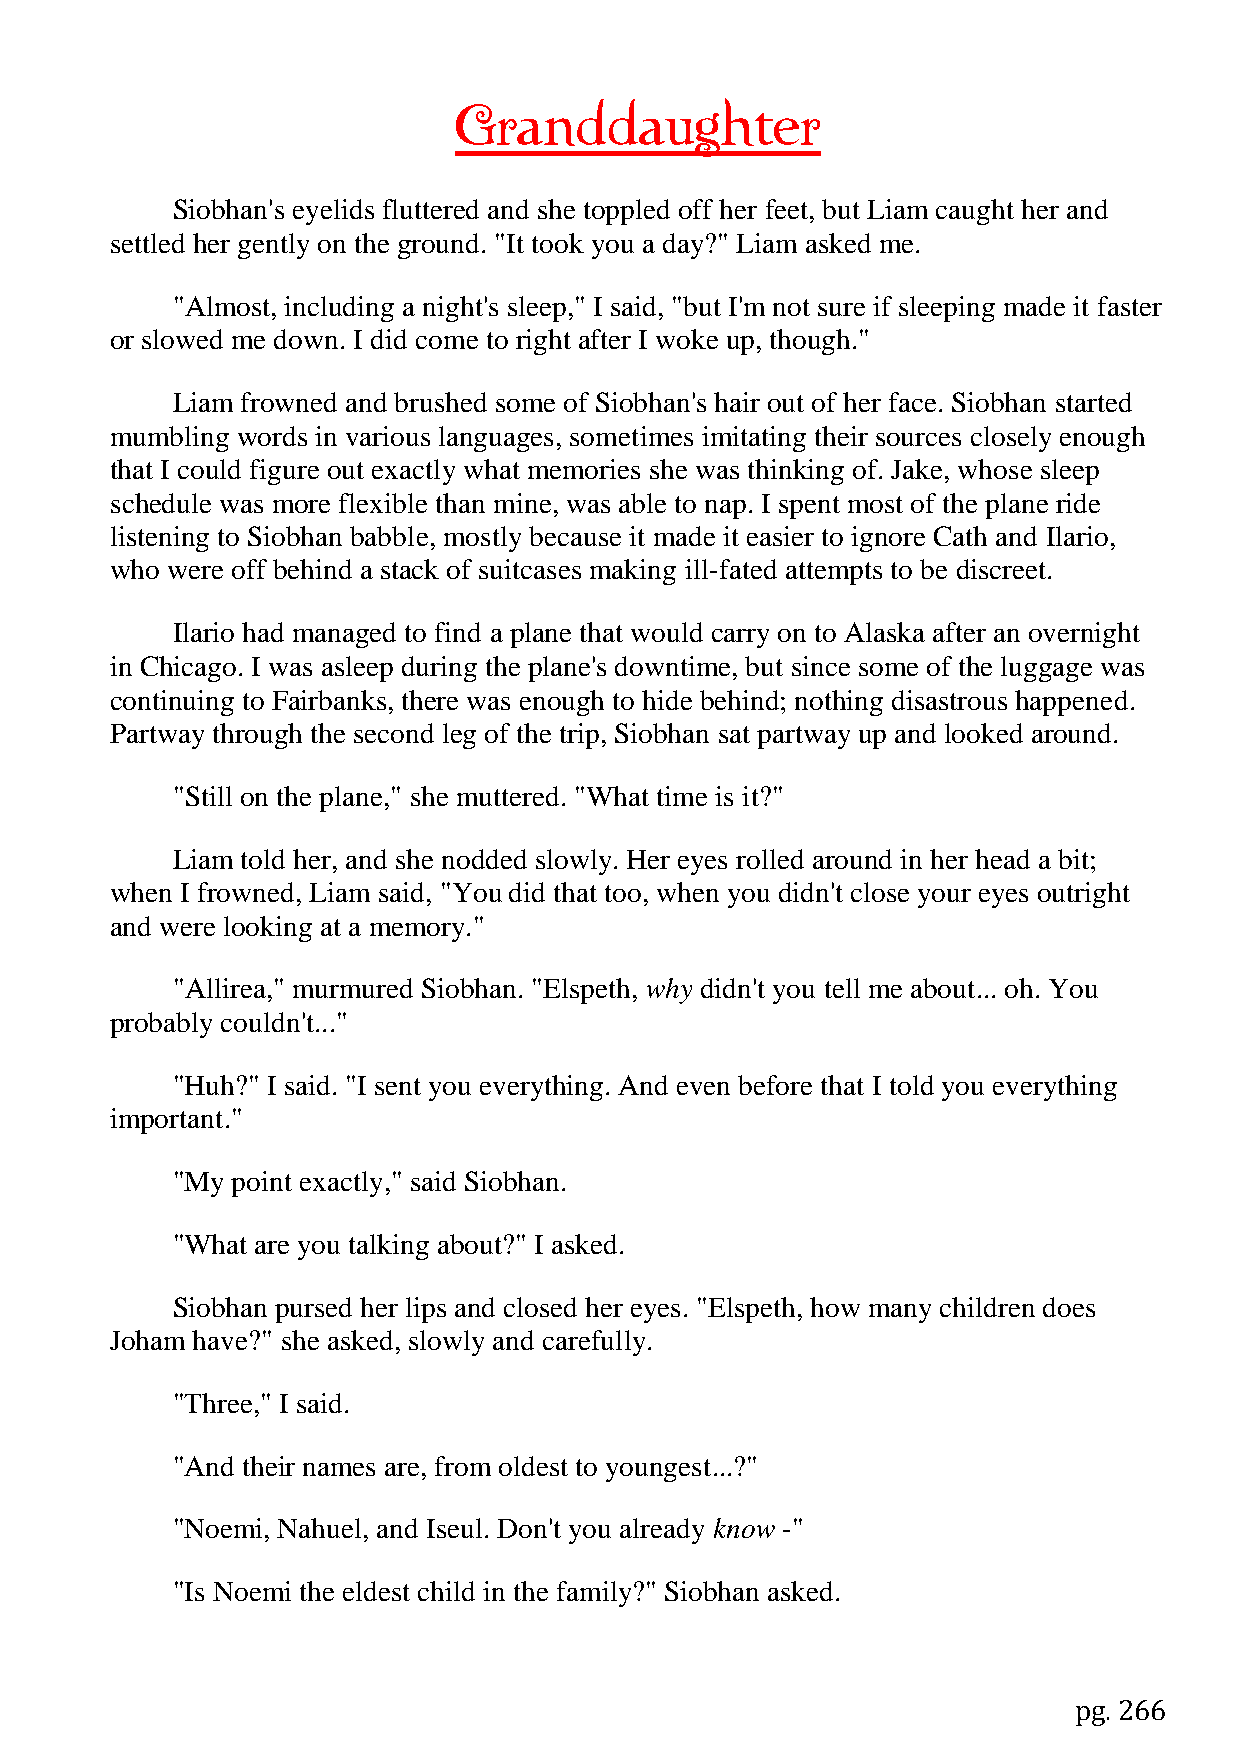
Granddaughter
 Siobhan's eyelids fluttered and she toppled off her feet, but Liam caught her and
 settled her gently on the ground. "It took you a day?" Liam asked me.
 "Almost, including a night's sleep," I said, "but I'm not sure if sleeping made it faster
 or slowed me down. I did come to right after I woke up, though."
 Liam frowned and brushed some of Siobhan's hair out of her face. Siobhan started
 mumbling words in various languages, sometimes imitating their sources closely enough
 that I could figure out exactly what memories she was thinking of. Jake, whose sleep
 schedule was more flexible than mine, was able to nap. I spent most of the plane ride
 listening to Siobhan babble, mostly because it made it easier to ignore Cath and Ilario,
 who were off behind a stack of suitcases making ill-fated attempts to be discreet.
 Ilario had managed to find a plane that would carry on to Alaska after an overnight
 in Chicago. I was asleep during the plane's downtime, but since some of the luggage was
 continuing to Fairbanks, there was enough to hide behind; nothing disastrous happened.
 Partway through the second leg of the trip, Siobhan sat partway up and looked around.
 "Still on the plane," she muttered. "What time is it?"
 Liam told her, and she nodded slowly. Her eyes rolled around in her head a bit;
 when I frowned, Liam said, "You did that too, when you didn't close your eyes outright
 and were looking at a memory."
 "Allirea," murmured Siobhan. "Elspeth, why didn't you tell me about... oh. You
 probably couldn't..."
 "Huh?" I said. "I sent you everything. And even before that I told you everything
 important."
 "My point exactly," said Siobhan.
 "What are you talking about?" I asked.
 Siobhan pursed her lips and closed her eyes. "Elspeth, how many children does
 Joham have?" she asked, slowly and carefully.
 "Three," I said.
 "And their names are, from oldest to youngest...?"
 "Noemi, Nahuel, and Iseul. Don't you already know -"
 "Is Noemi the eldest child in the family?" Siobhan asked.
 pg. 266